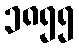
၁၈၅၅